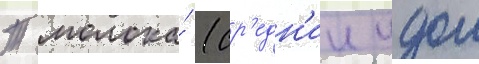
Т молока́ (ср'едн'ии удои